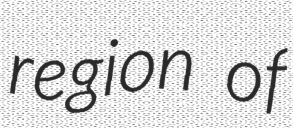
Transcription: region of